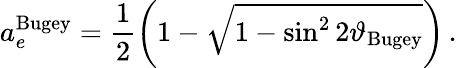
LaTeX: a_{e}^{\mathrm{Bugey}}=\frac{1}{2}\left(1-\sqrt{1-\sin^{2}2\vartheta_{\mathrm{Bugey}}}\right)\, .